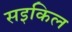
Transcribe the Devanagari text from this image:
सइकिल